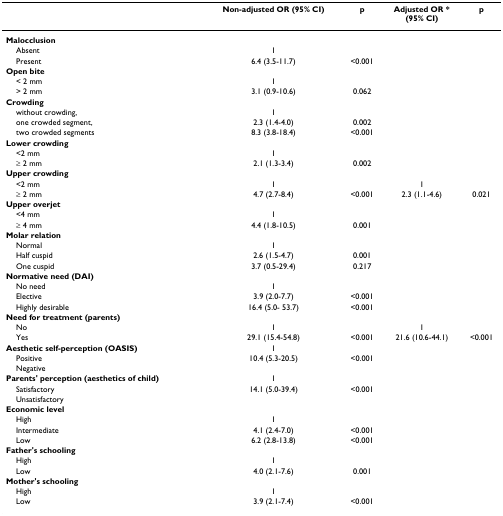
<table><thead><tr><td></td><td><b>Non-adjusted OR (95% CI)</b></td><td><b>p</b></td><td><b>Adjusted OR *(95% CI)</b></td><td><b>p</b></td></tr></thead><tbody><tr><td><b>Malocclusion</b></td><td></td><td></td><td></td><td></td></tr><tr><td> Absent</td><td>1</td><td></td><td></td><td></td></tr><tr><td> Present</td><td>6.4 (3.5-11.7)</td><td>&lt;0.001</td><td></td><td></td></tr><tr><td><b>Open bite</b></td><td></td><td></td><td></td><td></td></tr><tr><td> &lt; 2 mm</td><td>1</td><td></td><td></td><td></td></tr><tr><td> &gt; 2 mm</td><td>3.1 (0.9-10.6)</td><td>0.062</td><td></td><td></td></tr><tr><td><b>Crowding</b></td><td></td><td></td><td></td><td></td></tr><tr><td> without crowding,</td><td>1</td><td></td><td></td><td></td></tr><tr><td> one crowded segment,</td><td>2.3 (1.4-4.0)</td><td>0.002</td><td></td><td></td></tr><tr><td> two crowded segments</td><td>8.3 (3.8-18.4)</td><td>&lt;0.001</td><td></td><td></td></tr><tr><td><b>Lower crowding</b></td><td></td><td></td><td></td><td></td></tr><tr><td> &lt;2 mm</td><td>1</td><td></td><td></td><td></td></tr><tr><td> ≥ 2 mm</td><td>2.1 (1.3-3.4)</td><td>0.002</td><td></td><td></td></tr><tr><td><b>Upper crowding</b></td><td></td><td></td><td></td><td></td></tr><tr><td> &lt;2 mm</td><td>1</td><td></td><td>1</td><td></td></tr><tr><td> ≥ 2 mm</td><td>4.7 (2.7-8.4)</td><td>&lt;0.001</td><td>2.3 (1.1-4.6)</td><td>0.021</td></tr><tr><td><b>Upper overjet</b></td><td></td><td></td><td></td><td></td></tr><tr><td> &lt;4 mm</td><td>1</td><td></td><td></td><td></td></tr><tr><td> ≥ 4 mm</td><td>4.4 (1.8-10.5)</td><td>0.001</td><td></td><td></td></tr><tr><td><b>Molar relation</b></td><td></td><td></td><td></td><td></td></tr><tr><td> Normal</td><td>1</td><td></td><td></td><td></td></tr><tr><td> Half cuspid</td><td>2.6 (1.5-4.7)</td><td>0.001</td><td></td><td></td></tr><tr><td> One cuspid</td><td>3.7 (0.5-29.4)</td><td>0.217</td><td></td><td></td></tr><tr><td><b>Normative need (DAI)</b></td><td></td><td></td><td></td><td></td></tr><tr><td> No need</td><td>1</td><td></td><td></td><td></td></tr><tr><td> Elective</td><td>3.9 (2.0-7.7)</td><td>&lt;0.001</td><td></td><td></td></tr><tr><td> Highly desirable</td><td>16.4 (5.0- 53.7)</td><td>&lt;0.001</td><td></td><td></td></tr><tr><td><b>Need for treatment (parents)</b></td><td></td><td></td><td></td><td></td></tr><tr><td> No</td><td>1</td><td></td><td>1</td><td></td></tr><tr><td> Yes</td><td>29.1 (15.4-54.8)</td><td>&lt;0.001</td><td>21.6 (10.6-44.1)</td><td>&lt;0.001</td></tr><tr><td><b>Aesthetic self-perception (OASIS)</b></td><td>1</td><td></td><td></td><td></td></tr><tr><td> Positive</td><td>10.4 (5.3-20.5)</td><td>&lt;0.001</td><td></td><td></td></tr><tr><td> Negative</td><td></td><td></td><td></td><td></td></tr><tr><td><b>Parents&#x27; perception (aesthetics of child)</b></td><td>1</td><td></td><td></td><td></td></tr><tr><td> Satisfactory</td><td>14.1 (5.0-39.4)</td><td>&lt;0.001</td><td></td><td></td></tr><tr><td> Unsatisfactory</td><td></td><td></td><td></td><td></td></tr><tr><td><b>Economic level</b></td><td></td><td></td><td></td><td></td></tr><tr><td> High</td><td>1</td><td></td><td></td><td></td></tr><tr><td> Intermediate</td><td>4.1 (2.4-7.0)</td><td>&lt;0.001</td><td></td><td></td></tr><tr><td> Low</td><td>6.2 (2.8-13.8)</td><td>&lt;0.001</td><td></td><td></td></tr><tr><td><b>Father&#x27;s schooling</b></td><td></td><td></td><td></td><td></td></tr><tr><td> High</td><td>1</td><td></td><td></td><td></td></tr><tr><td> Low</td><td>4.0 (2.1-7.6)</td><td>0.001</td><td></td><td></td></tr><tr><td><b>Mother&#x27;s schooling</b></td><td></td><td></td><td></td><td></td></tr><tr><td> High</td><td>1</td><td></td><td></td><td></td></tr><tr><td> Low</td><td>3.9 (2.1-7.4)</td><td>&lt;0.001</td><td></td><td></td></tr></tbody></table>